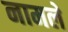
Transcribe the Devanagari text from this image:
नामले